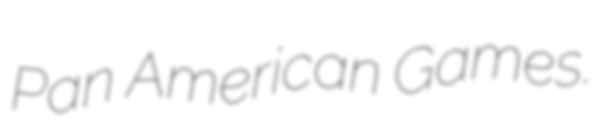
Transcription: Pan American Games.